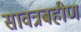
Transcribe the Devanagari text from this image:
सावत्रबहीण